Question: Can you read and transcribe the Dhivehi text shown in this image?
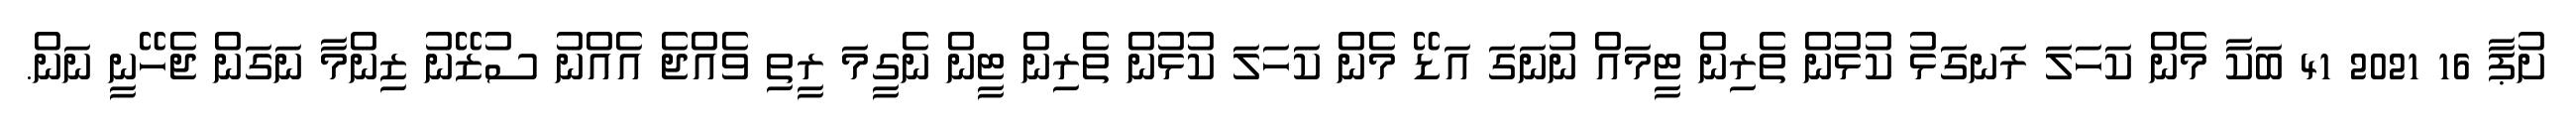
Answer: ށުޕާ 16 2021 41 ބަކާ މެން ކަހަލަ ރަނގަޅު ކުޅުން ތެރިން ޓީމައް ނުނަގަ އަޑޭ މެން ކަހަލަ ކުޅުން ތެރިން ޓީން ނެގީމަ ރީތި ވެއްޖެ އެއްނު ސުޒޭނު ޒިންމާ ނަގަން ޖެހޭނީ ނަން.